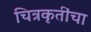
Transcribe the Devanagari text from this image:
चित्रकृतींचा